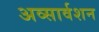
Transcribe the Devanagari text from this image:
अव्सार्वशन